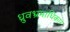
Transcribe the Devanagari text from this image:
ध्रुवभ्रमाधिकार